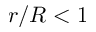
r / R < 1